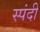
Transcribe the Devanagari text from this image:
स्पंदी